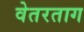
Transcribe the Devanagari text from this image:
वेतरताग